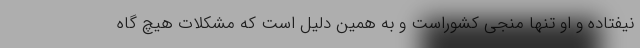
نیفتاده و او تنها منجی کشوراست و به همین دلیل است که مشکلات هیچ گاه